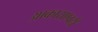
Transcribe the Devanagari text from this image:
आकाराएवढी